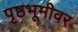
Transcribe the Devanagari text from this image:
पृष्ठभूमीवर